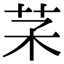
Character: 𦬽